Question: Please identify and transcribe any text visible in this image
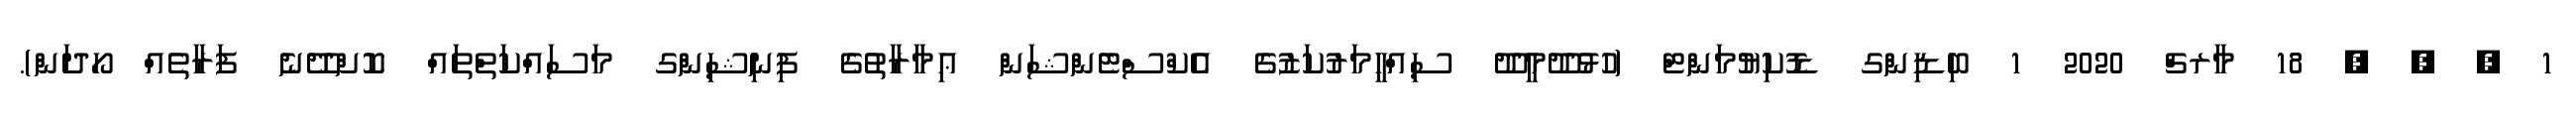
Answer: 1 , , , 18 މާރޗް 2020 1 ބިޑިންގ ޑޮކިޔުމަންޓް (ހުޅުދޫމީދޫ ސިއްޙީމަރުކަޒުގެ އެކްސްޓެންޝަން ޢިމާރާތުގެ ފިނިޝިންގ މަސައްކަތްތައް ކޮށްދޭނެ ފަރާތެއް ހޯދަން).